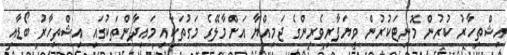
އިޝްތިހާރު ކުރުން މޮނިޓަކުރުން ވިޔަފާރިވެރިންގެ ޖަމިއްޔާ އަށްމާލޭގެ މަގުތަކާއި މައިދާންތަކުގައި އިޝްތިހާރު ބޯޑާއި